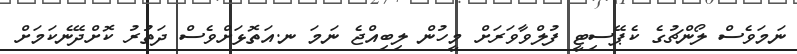
ނަމަވެސް ލޯންޗުގެ ކެޕޭސިޓީ ފުލްވާވަރަށް މީހުން ލިބިއްޖެ ނަމަ ނ.އަތޮޅަށްވެސް ދަތުރު ކޮށްދޭނެކަމަށް